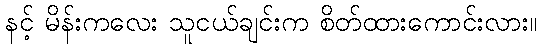
နင့် မိန်းကလေး သူငယ်ချင်းက စိတ်ထားကောင်းလား။